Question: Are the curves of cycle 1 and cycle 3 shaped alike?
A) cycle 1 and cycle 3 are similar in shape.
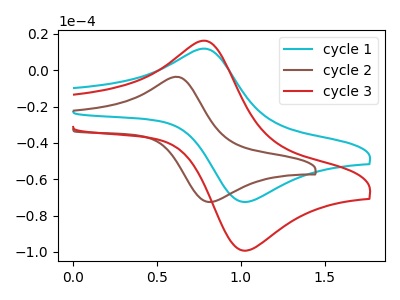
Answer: <think>The cyan curve "cycle 1" has an anodic peak at (0.80V, 11.85uA) and a cathodic peak at (1.00V, -72.30uA). The brown curve "cycle 2" has an anodic peak at (0.65V, -3.90uA) and a cathodic peak at (0.80V, -72.50uA). The red curve "cycle 3" has an anodic peak at (0.80V, 16.20uA) and a cathodic peak at (1.00V, -99.05uA).
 All the peaks in "cycle 1" have a peak in "cycle 3" at the same potential. Every peak in "cycle 1" is lower than every peak in "cycle 3".</think>
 <answer>A) "cycle 1" and "cycle 3" are similar in shape.</answer>
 <eval>A</eval>